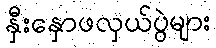
နှီးနှောဖလှယ်ပွဲများ